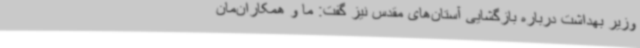
وزیر بهداشت درباره بازگشایی آستان‌های مقدس نیز گفت: ما و همکاران‌مان